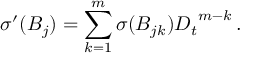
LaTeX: { \sigma } ^ { \prime } ( B _ { j } ) = \sum _ { k = 1 } ^ { m } { \sigma } ( B _ { j k } ) { D _ { t } } ^ { m - k } \, .